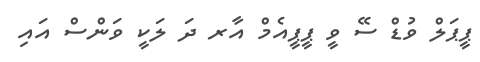
ޕީޕަލް ވުޑް ސޭ ވީ ޕީޕީއެމް އާރ ދަ ލަކީ ވަންސް އައި